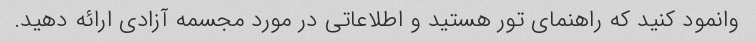
وانمود کنید که راهنمای تور هستید و اطلاعاتی در مورد مجسمه آزادی ارائه دهید.